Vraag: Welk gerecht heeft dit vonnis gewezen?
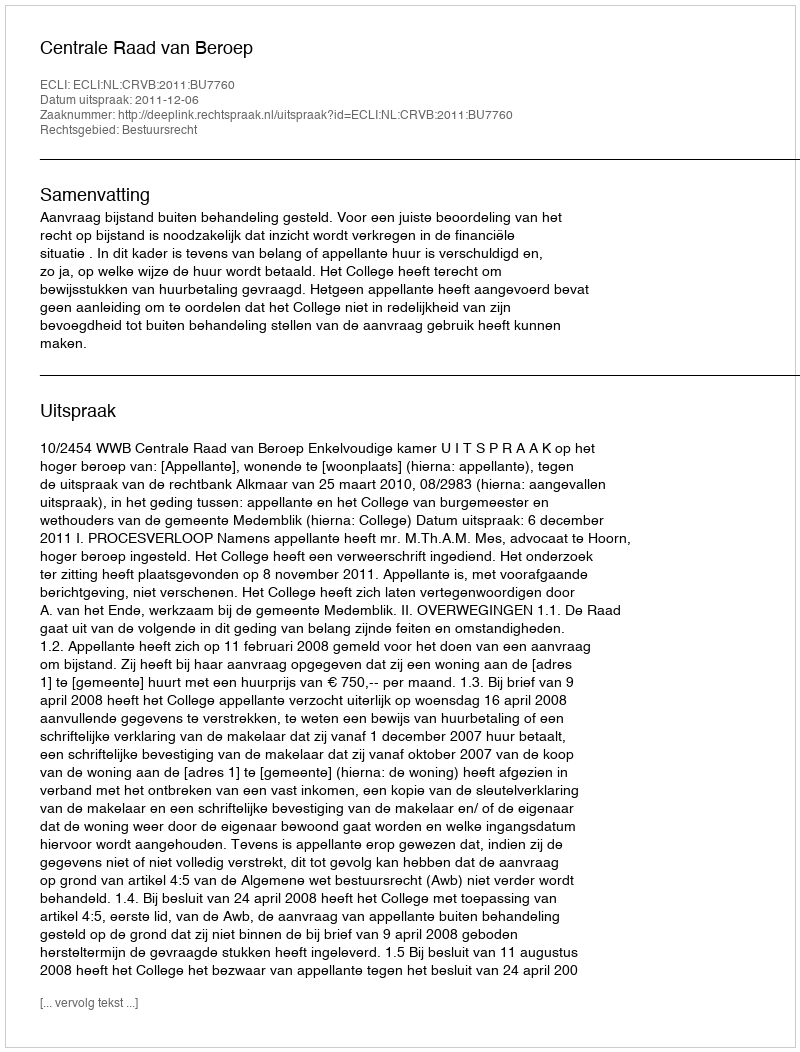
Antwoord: Centrale Raad van Beroep